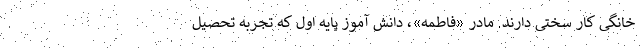
خانگی کار سختی دارند. مادر «فاطمه»، دانش آموز پایه اول که تجربه تحصیل